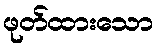
ဖုတ်ထားသော